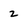
Character: 2